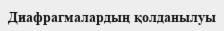
Диафрагмалардың қолданылуы